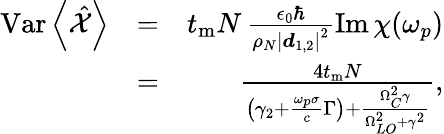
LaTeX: \begin{array}{rlr}{\mathrm{Var}\left<\hat{\mathcal X}\right>}&{=}&{t_{\mathrm{m}}N\, \frac{\epsilon_{0}\hbar}{\rho_{N}\left|\boldsymbol d_{1,2}\right|^{2}}\mathrm{Im}\, \chi(\omega_{p})}\\ &{=}&{\frac{4t_{\mathrm{m}}N}{\left(\gamma_{2}+\frac{\omega_{p}\sigma}{c}\Gamma\right)+\frac{\Omega_{C}^{2}\gamma}{\Omega_{LO}^{2}+\gamma^{2}}},}\end{array}